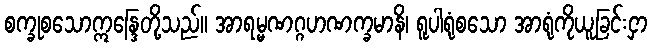
စက္ခုစသောဣန္ဒြေတို့သည်။ အာရမ္မဏဂ္ဂဟဏက္ခမာနိ၊ ရူပါရုံစသော အာရုံကိုယူခြင်းငှာ